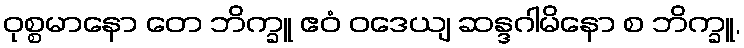
ဝုစ္စမာနော တေ ဘိက္ခူ ဧဝံ ဝဒေယျ ဆန္ဒဂါမိနော စ ဘိက္ခူ,